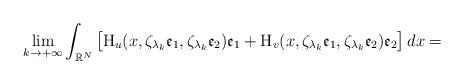
LaTeX: \begin{align*} \lim_{k\to +\infty}\int_{\mathbb{R}^{N}} \big[\mathrm{H}_{u}(x, \zeta_{\lambda_{k}}\mathfrak{e}_1, \zeta_{\lambda_{k}}\mathfrak{e}_2 )\mathfrak{e}_1+\mathrm{H}_{v}(x, \zeta_{\lambda_{k}}\mathfrak{e}_1, \zeta_{\lambda_{k}}\mathfrak{e}_2 )\mathfrak{e}_2\big]\,dx= \end{align*}